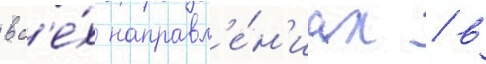
вс'е́х направл'е́н'иах / в